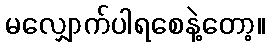
မလျှောက်ပါရစေနဲ့တော့။